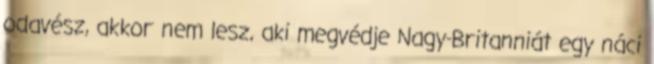
odavész, akkor nem lesz, aki megvédje Nagy-Britanniát egy náci